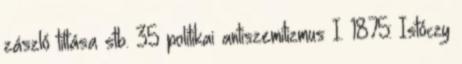
zászló tiltása stb. 35 politikai antiszemitizmus I. 1875: Istóczy